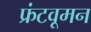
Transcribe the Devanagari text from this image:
फ्रंटवूमन